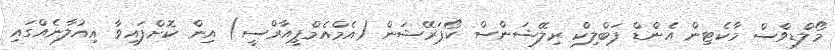
މޯލްޑިވްސް މާކެޓިން އެންޑް ޕަބްލިކް ރިލޭޝަންސް ކޯޕަރޭޝަން (އެމްއެމްޕީއާރްސީ) އިން ކޮށްފައިވާ އިއުލާނެއްގައި